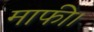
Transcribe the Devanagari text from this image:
माफी।